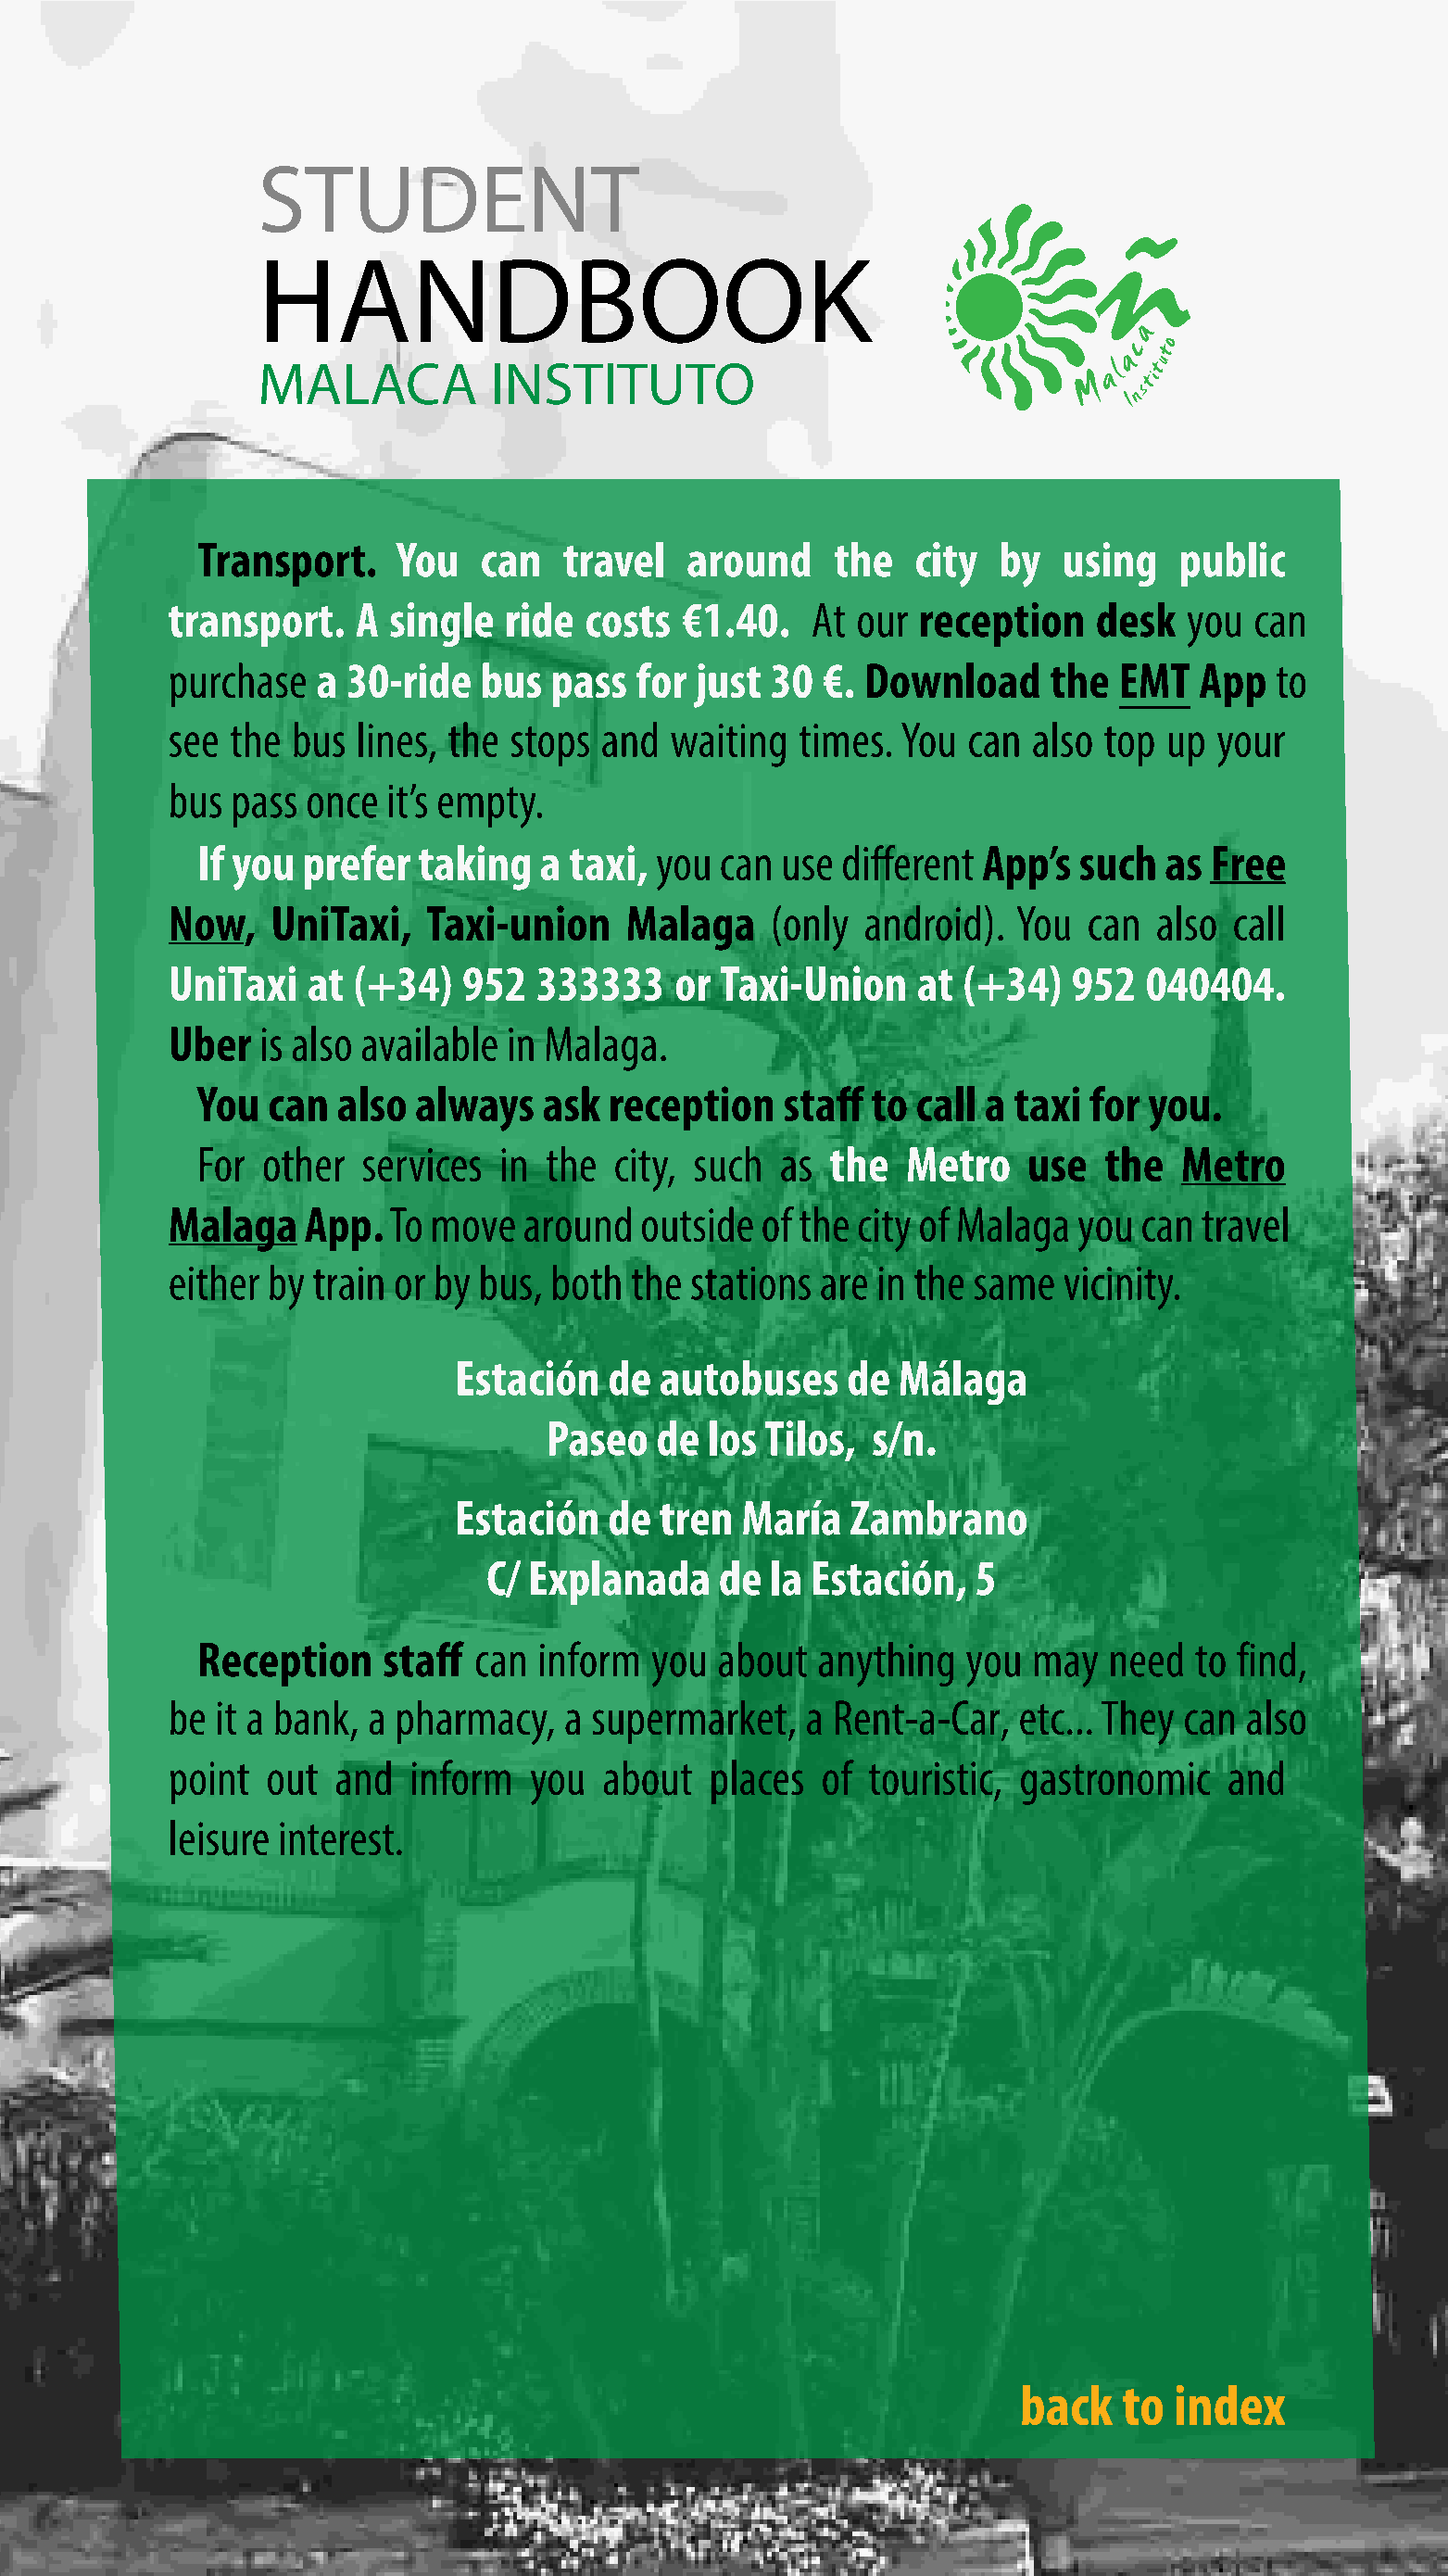
STUDENT
 ñ
 HANDBOOK
 a
 c  o
 a  ut
 MALACA           INSTITUTO
 M
 al tit
 s
 n
 I
 Transport.    You   can   travel   around     the  city   by  using   public
 transport.   A  single  ride  costs  €1.40.   At our  reception   desk   you  can
 purchase   a 30-ride  bus  pass  for  just 30  €. Download     the  EMT   App  to
 see the  bus lines, the stops  and  waiting  times. You  can  also top up  your
 bus pass  once  it’s empty.
 If you  prefer  taking   a taxi, you can  use different App’s  such  as Free
 Now,    UniTaxi,  Taxi-union     Malaga    (only  android).  You  can  also call
 UniTaxi   at (+34)   952  333333    or Taxi-Union     at (+34)   952  040404.
 Uber   is also available in Malaga.
 You  can  also  always   ask  reception   staff to  call a taxi for you.
 For  other  services  in the  city, such  as the   Metro    use  the   Metro
 Malaga    App.  To move   around  outside  of the city of Malaga you  can travel
 either by train or by bus, both  the stations  are in the same  vicinity.
 Estación  de  autobuses     de Málaga
 Paseo   de  los Tilos, s/n.
 Estación  de  tren  María   Zambrano
 C/ Explanada    de  la Estación,   5
 Reception    staff  can inform   you about  anything   you  may  need  to find,
 be it a bank, a pharmacy,   a supermarket,    a Rent-a-Car,  etc... They can also
 point  out  and  inform   you  about   places  of touristic, gastronomic    and
 leisure interest.
 back   to  index